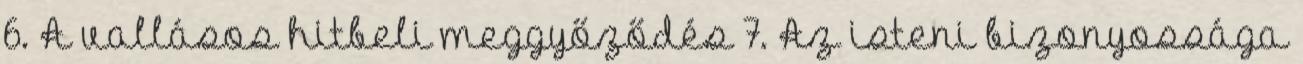
6. A vallásos hitbeli meggyőződés 7. Az isteni bizonyossága